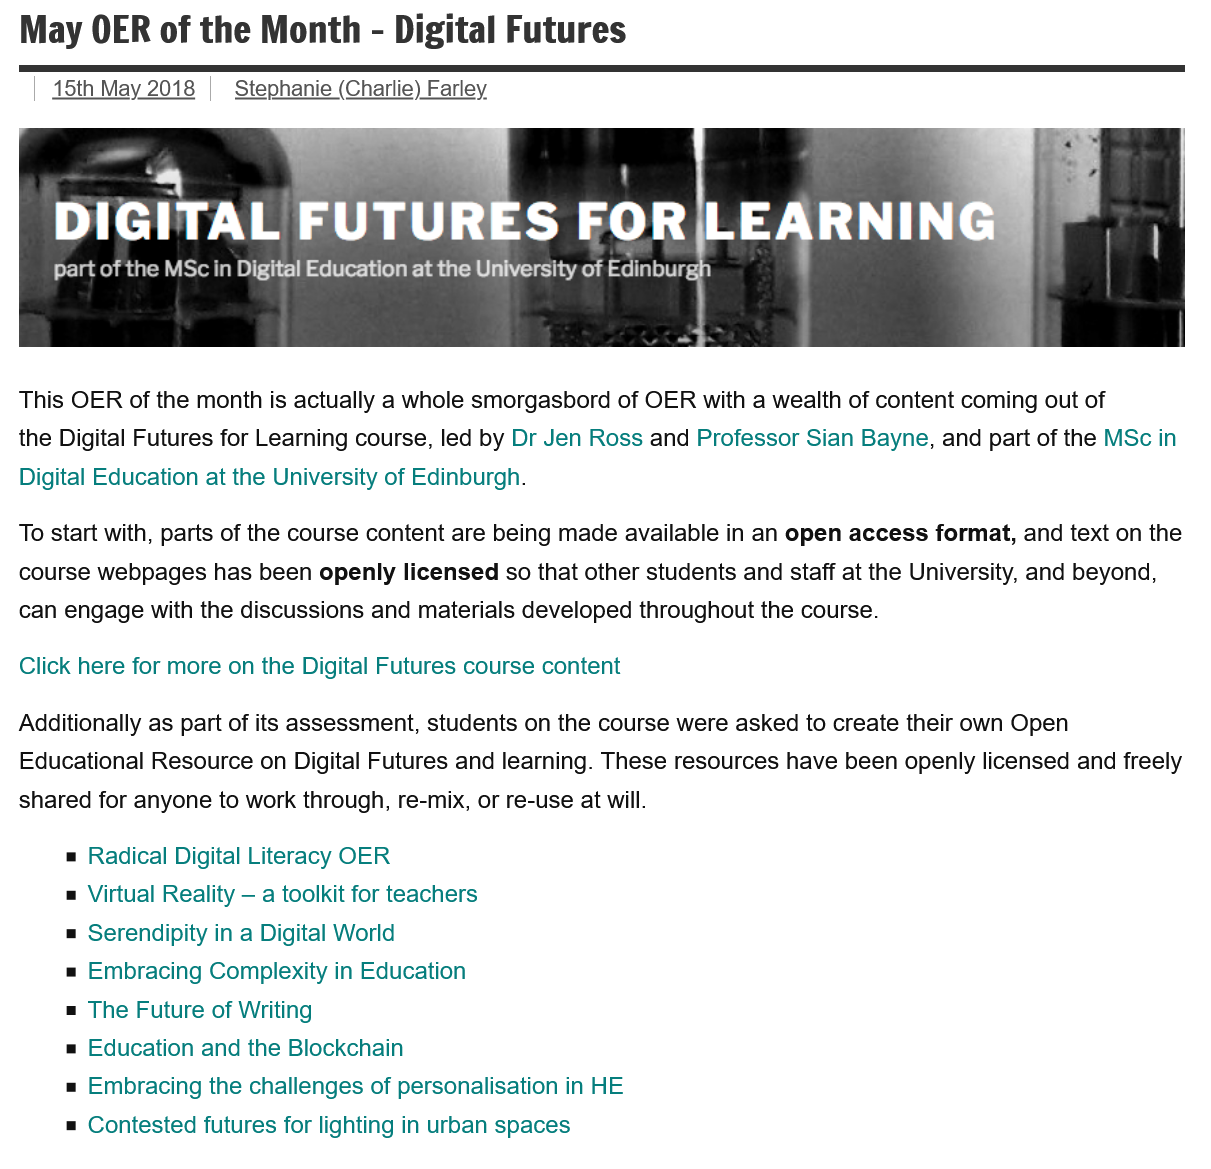
May   OER of  the  Month  -   Digital  Futures
  This OER of the month is actually a whole smorgasbord of OER with a wealth of content coming out of
  the Digital Futures for Learning course, led by Dr Jen Ross and Professor Sian Bayne, and part of the MSc in
  Digital Education at the University of Edinburgh.
  To start with, parts of the course content are being made available in an open access format, and text on the
  course webpages has been openly licensed so that other students and staff at the University, and beyond,
  can engage with the discussions and materials developed throughout the course.
  Additionally as part of its assessment, students on the course were asked to create their own Open
  Educational Resource on Digital Futures and learning. These resources have been openly licensed and freely
  shared for anyone to work through, re-mix, or re-use at will.
     Radical Digital Literacy OER
     Virtual Reality — a toolkit for teachers
     Serendipity in a Digital World
     Embracing Complexity in Education
     The Future of Writing
     Education and the Blockchain
     Embracing the challenges of personalisation in HE
     Contested futures for lighting in urban spaces
     DIGITAL    FUTURES    FOR    LEARNING
     CRRA    beer    la LU    meg   eg    3)
  Click here for more on the Digital Futures course content
     Stephanie (Charlie) Farley 15th May 2018